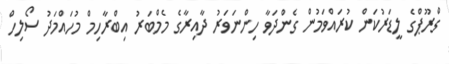
ގްރޫޕްގެ ލީޑަރުކަން ކުރައްވަމުން ގެންދަވާ ހިންނަވަރު ދާއިރާގެ މެމްބަރު އިބްރާހިމް މުހައްމަދު ސޯލިހް